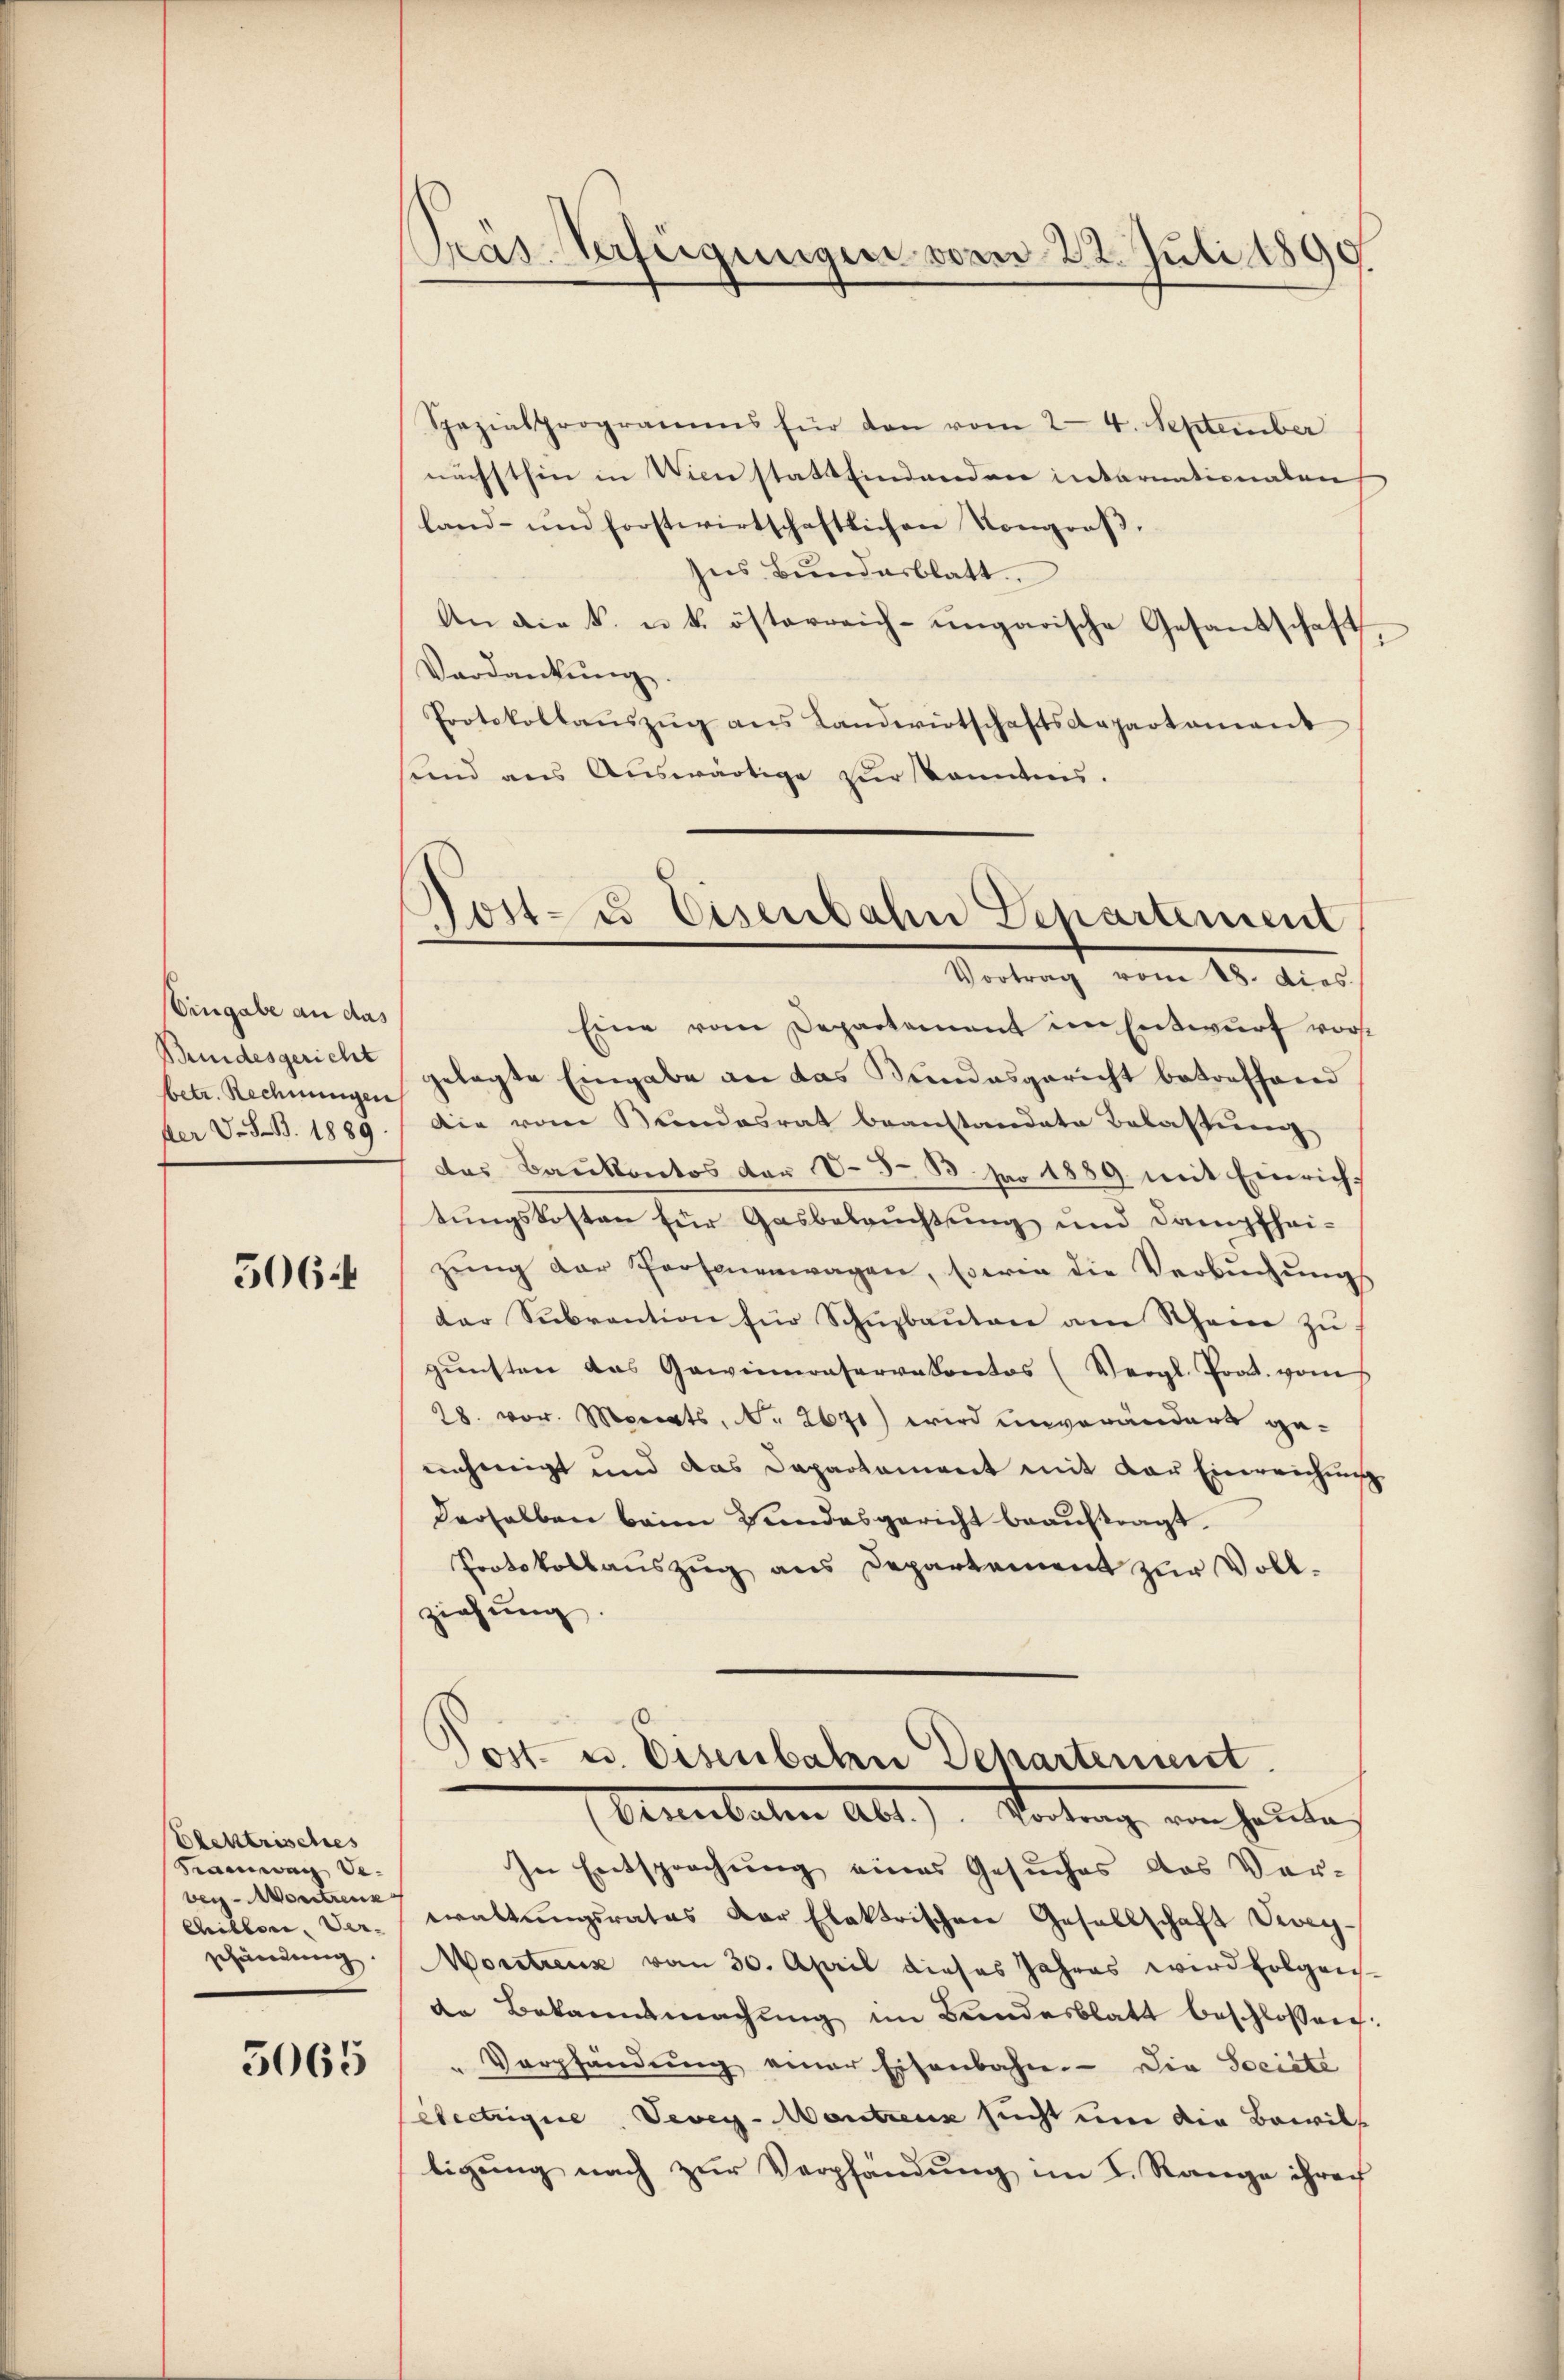
Eingabe an das
Bundesgericht
ber v. 8. B. 1889.

506 f

Elektrisches
Tramwag bevey-Wortrenk
Chibbone, Ver- |
schändung

5065

Pras Verfügungen vom 22. Juli 1890.

Spazialprogramms für den vom 24. September
nächsthin in Wien stattfindenden internationaten
land- und forstwirtschaftlichen Kongroß¬
Ins Bŭndesblatt
An die k. u. k. österreich-ungarische Gesandschaft
Verdankŭng.
Protokollaŭszŭg ans Landwirtschaftsdepartament
und aus Auswärtige zur Kenntnis.
Eine vom Departement im Entwurf vorst
betr. Rechnungen gelegte Eingabe an das Bundesgericht betreffend
Die vom Bundesrat beanstandate Belastung
das Baukontos der V. 3. 33. pro 1889. mit Einricht
tungskosten für Gasbeleuchtung und Dampfheizŭng der Personenwagen, sowie die Verbŭchŭng
der Subvention für Schuzbauten am Rhein zugŭnsten das Gewinnenservakontos (Vergl. Prot. vom
28. vor. Monats, No. 2671) wird unveränders genehmigt und das Dapartament mit der Einreichŭng
Derselben beim Bundesgericht beauftragt.
Protokollaŭszŭg ans Departement zŭr Voll-
ziehung.
Dost- u. Eisenbalen Departement.
Cannibalen Abt.) Vortrag ein holeter
In Entsprechung eines Gesuches das Ver-
waltungsrates der Elektrischen Gesellschaft Vevey-
Montrenz vom 30. April dieses Jahres wird folgen.
de Bekannsmachŭng im Bundesblatt beschlossen:
Verpfändŭng einer Eisenbahn. Die Societe
electrigire. Vevey-Montreux sucht um die Bewill
ligung nach zur Verpfändung im I. Range ihrer

¬
.
jost- u Eisenbahn Departement
Vortrag vom 18. dies